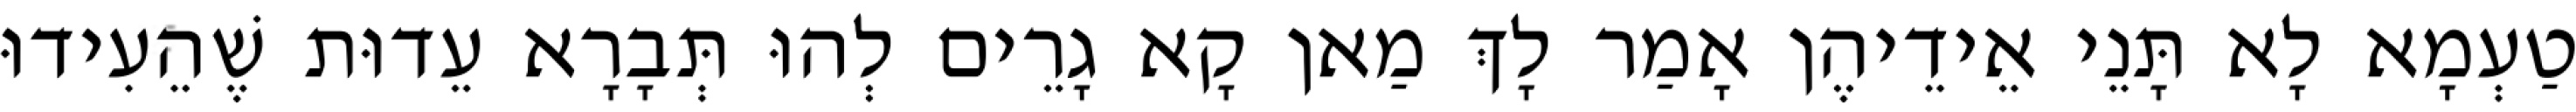
טַעְמָא לָא תָּנֵי אֵידֵיהֶן אָמַר לָךְ מַאן קָא גָרֵים לְהוּ תְּבָרָא עֵדוּת שֶׁהֵעִידוּ